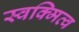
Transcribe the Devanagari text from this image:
स्वक्मित्व